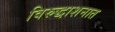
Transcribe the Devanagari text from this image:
विरुद्धाशनात